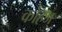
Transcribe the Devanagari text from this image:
कोहज